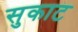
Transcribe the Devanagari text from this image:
सुकाट